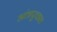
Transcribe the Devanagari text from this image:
आंत्रपुच्छात